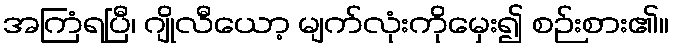
အကြံရပြီ၊ ဂျိုလီယော့ မျက်လုံးကိုမှေး၍ စဉ်းစား၏။